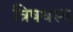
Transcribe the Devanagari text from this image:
त्रिषधस्थ